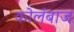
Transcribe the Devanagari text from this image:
कोलंबाज